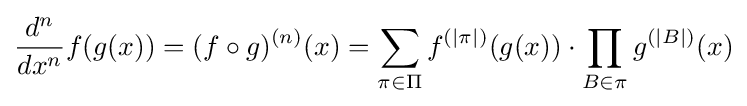
{d^{n} \over dx^{n}}f(g(x))=(f\circ g)^{(n)}(x)=\sum _{\pi \in \Pi }f^{(\left|\pi \right|)}(g(x))\cdot \prod _{B\in \pi }g^{(\left|B\right|)}(x)